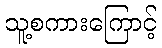
သူ့စကားကြောင့်